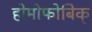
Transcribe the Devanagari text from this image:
होमोफोबिक्